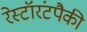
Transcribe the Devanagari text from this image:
रेस्टॉरंटपैकी